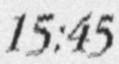
15:45